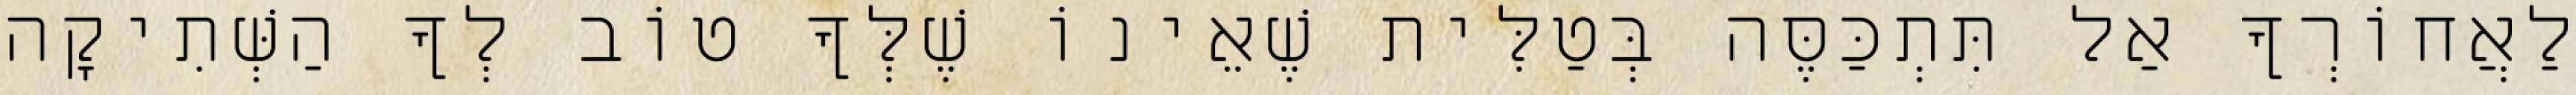
לַאֲחוֹרְךָ אַל תִּתְכַּסֶּה בְּטַלִּית שֶׁאֵינוֹ שֶׁלְּךָ טוֹב לְךָ הַשְּׁתִיקָה